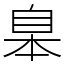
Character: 𦤎